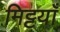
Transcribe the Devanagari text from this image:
मिट्टयाँ